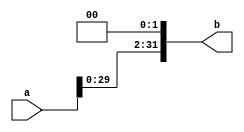
`timescale 1ns / 1ps
//////////////////////////////////////////////////////////////////////////////////
// Company: 
// Engineer: 
// 
// Design Name: 
// Module Name: sl2
// Project Name: 
// Target Devices: 
// Tool Versions: 
// Description: 
// 
// Dependencies: 
// 
// Revision:
// Revision 0.01 - File Created
// Additional Comments:
// 
//////////////////////////////////////////////////////////////////////////////////


module sl2 (input [31:0] a,
            output [31:0] b);
// shift left by 2
assign b = {a[29:0], 2'b00};
endmodule